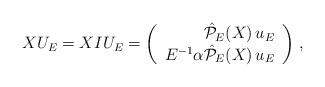
LaTeX: \begin{align*} XU_{E}=XIU_{E}=\left(\begin{array}{r}\hat{\cal P}_{E}(X)\,u_{E}\\E^{-1}\alpha\hat{\cal P}_{E}(X)\,u_{E}\end{array}\right)\,,\end{align*}